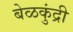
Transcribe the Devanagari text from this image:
बेळकुंद्री